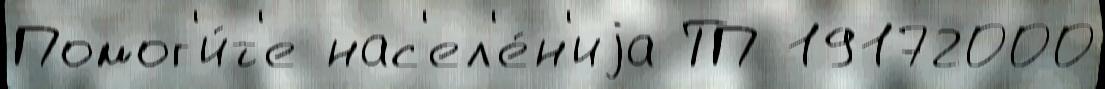
Помог'и́т'е нас'ел'е́н'иjа ТП 19172000